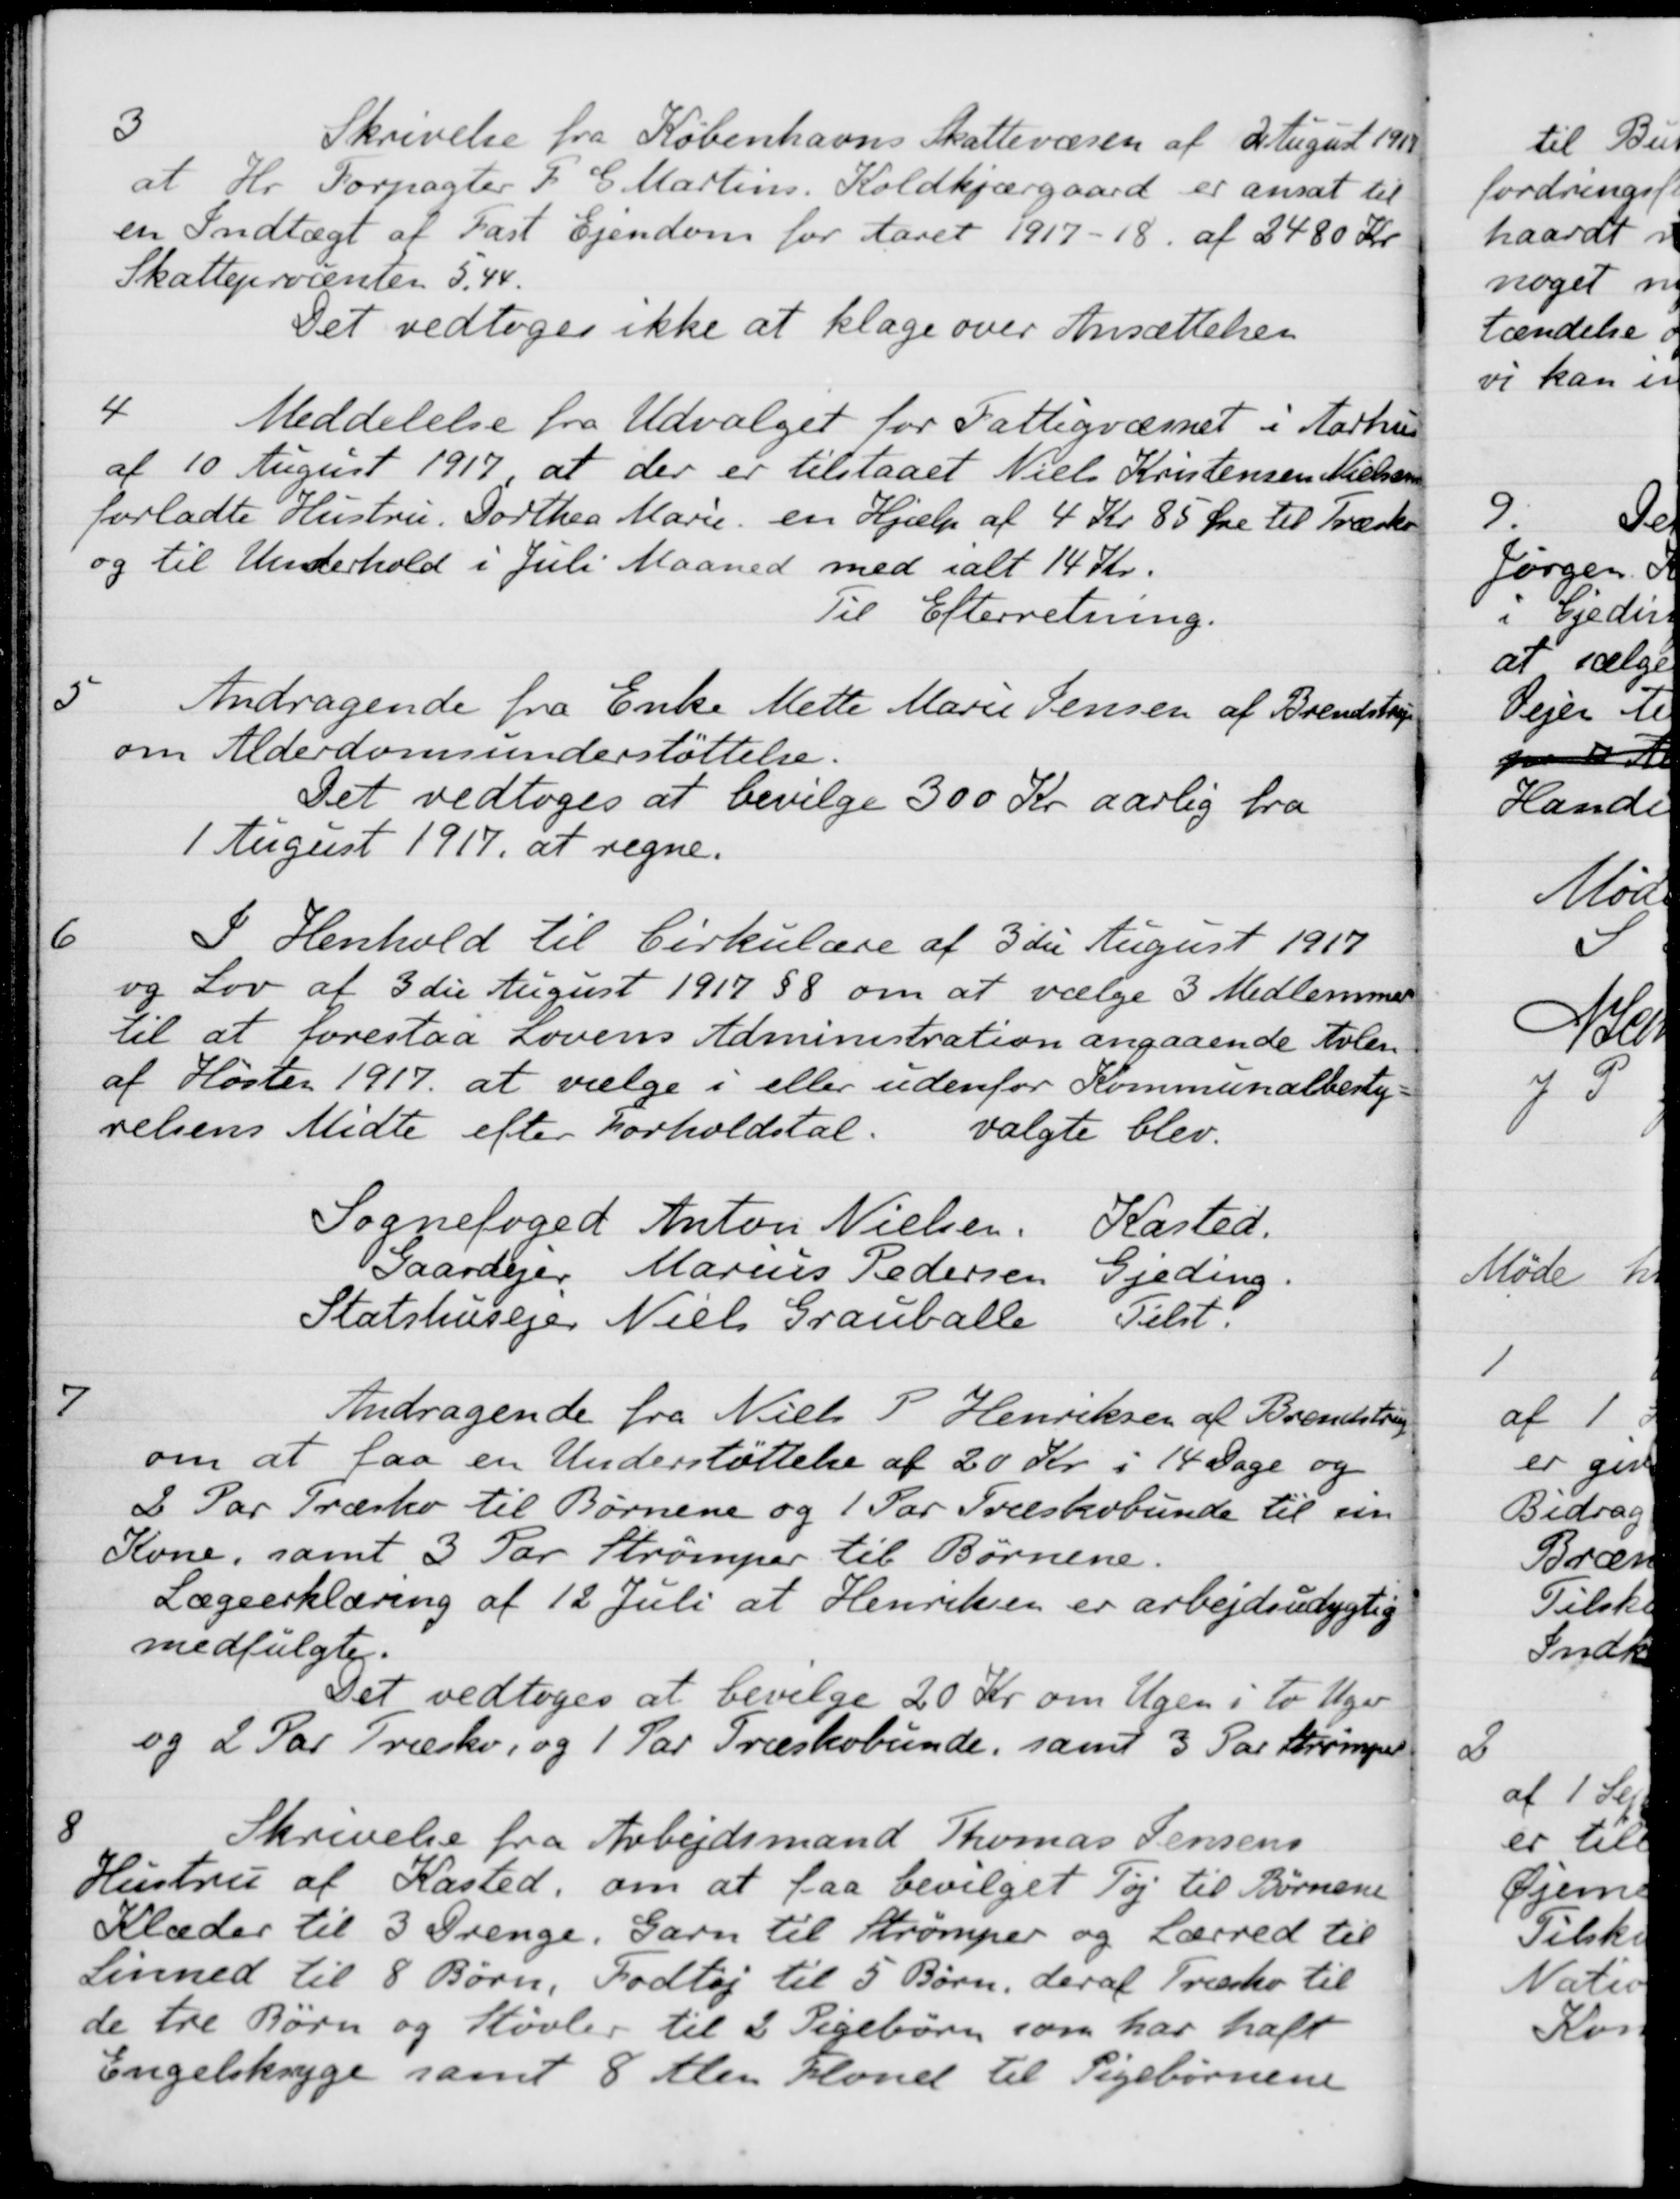
Transskription:
3
Skrivelse fra Københavns Skattevæsen af 2 August 1917
at Hr. Forpagter F. G. Martins, Koldkjærgaard er ansat til
en Indtægt af Fast Ejendom for Aaret 1917-18. af 2480 Kr
Skatteprocenten 5,44.
Det vedtoges ikke at klage over Ansættelsen
4
Meddelelse fra Udvalget for Fattigvæsnet i Aarhus
af 10 August 1917 at der er tilstaaet Niels Kristensen Nielsens
forladte Hustru. Dorthea Marie en Hjælp af 4 Kr 85 Øre til Træsko
og til Underhold i Juli Maaned med ialt 14 Kr.
Til Efterretning.
5
Andragende fra Enke Mette Marie Jensen af Brendstrup
om Alderdomsunderstøttelse.
Det vedtoges at bevilge 300 Kr aarlig fra
1 August 1917 at regne.
6
I Henhold til Cirkulære af 3 die August 1917
og Lov af 3 die August 1917 § 8 om at vælge 3 Medlemmer
til at forestaa Lovens Administration angaaende Avlen
af Høster 1917 at vælge i eller udenfor Kommunalbesty-
relsens Midte efter Forholdstal.
valgte blev.
Sognefoged Anton Nielsen
Kasted.
Gaardejer Marius Pedersen
Gjeding.
Statshusejer Niels Grauballe
Tilst
7
Andragende fra Niels P. Henriksen af Brendstrup
om at faa en Understøttelse af 20 Kr. i 14 Dage og
2 Par Træsko til Børnene og 1 Par Træskobunde til sin
Kone, samt 3 Par Strømper til Børnene.
Lægeerklæring af 12 Juli at Henriksen er arbejdsudygtig
medfulgte.
Det vedtoges at bevilge 20 Kr om Ugen i to Uger
og 2 Par Træsko, og 1 Par Træskobunde, samt 3 Par Strømper
8
Skrivelse fra Arbejdsmand Thomas Jensens
Hustru af Kasted, om at faa bevilget Tøj til Børnene
Klæder til 3 Drenge. Garn til Strømper og Lærred til
Linned til 8 Børn, Fodtøj til 5 Børn, deraf Træsko til
de tre Børn og Støvler til 2 Pigebørn som har haft
Engelsksyge samt 8 Alen Flonel til Pigebørnene